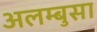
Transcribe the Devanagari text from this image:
अलम्बुसा